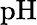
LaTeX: \textrm{pH}